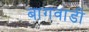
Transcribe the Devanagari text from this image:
बागवाडी